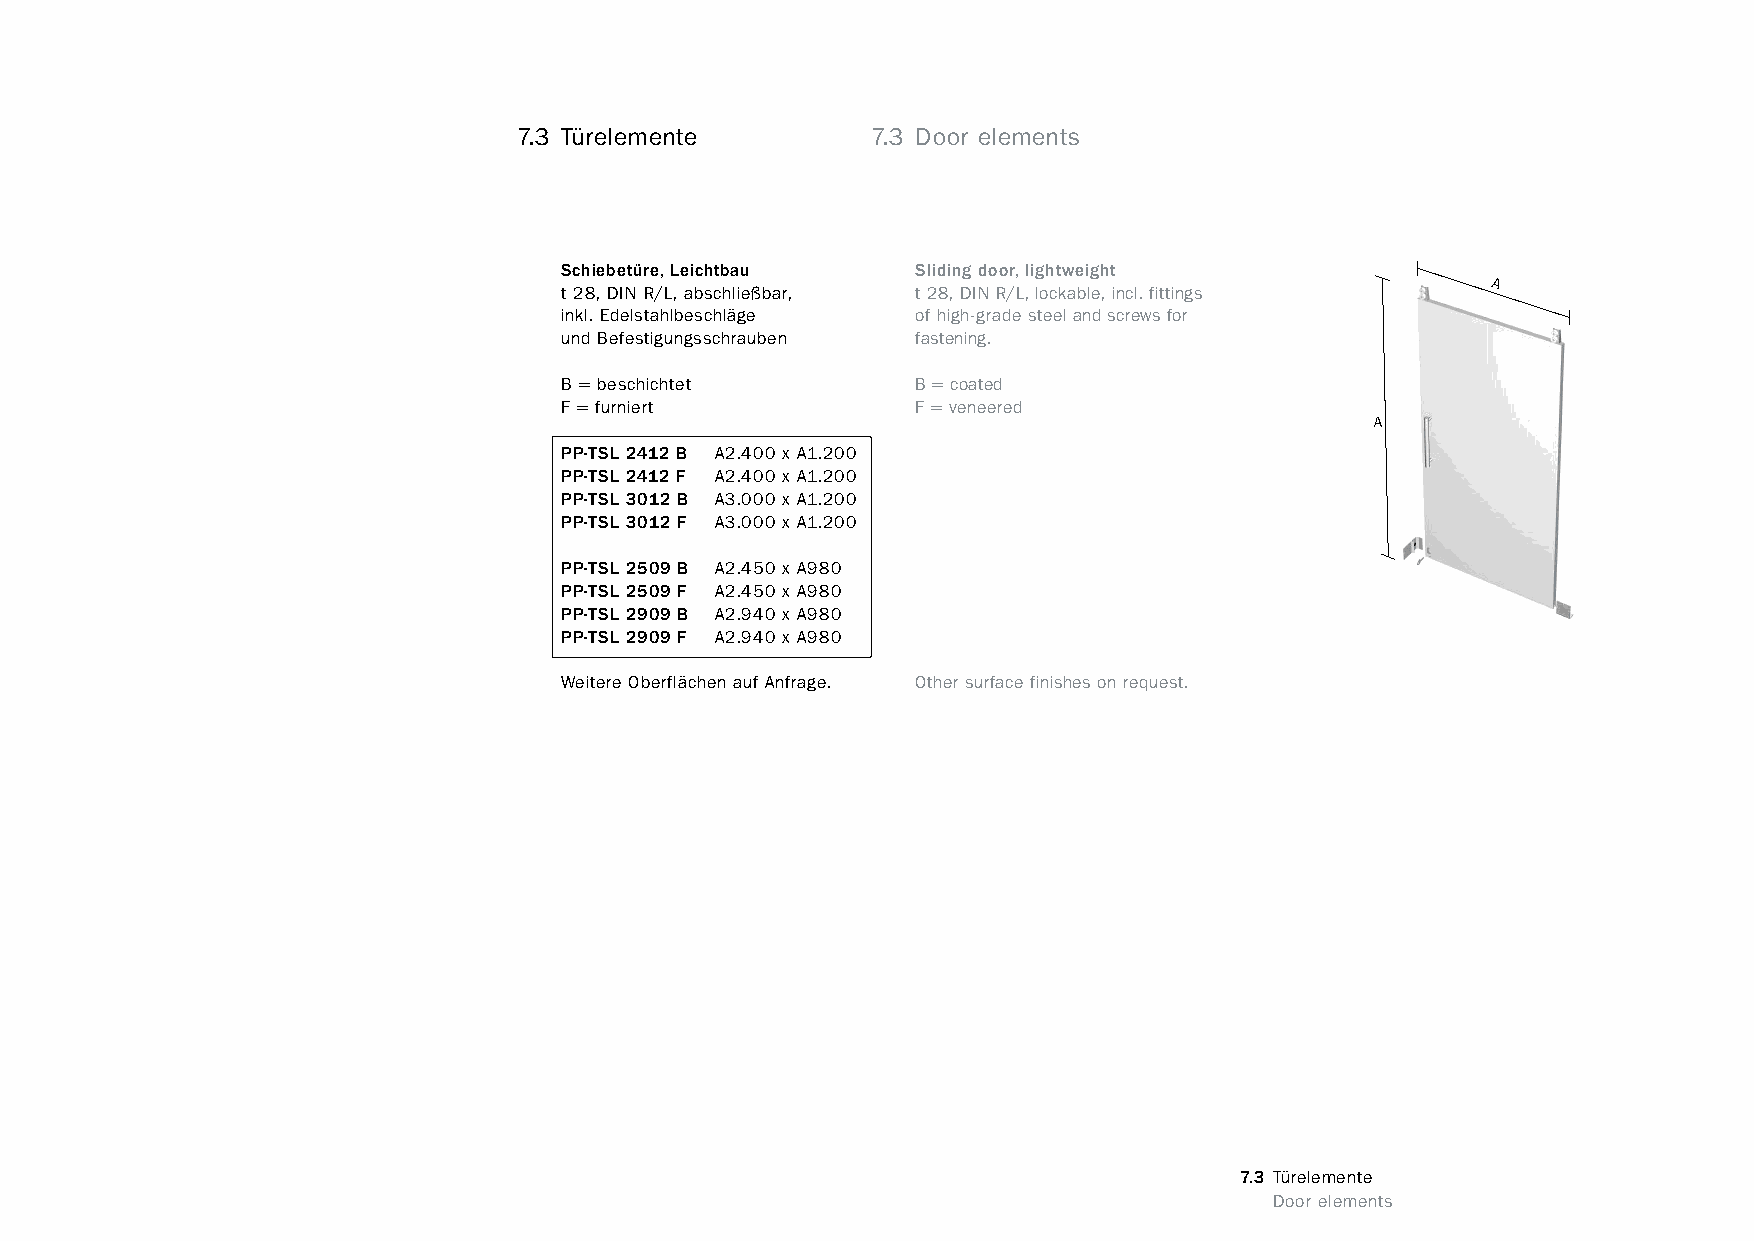
constructivpila petite        7.3 Türelemente         7.3 Door elements
 Schiebetüre, Leichtbau  Sliding door, lightweight
 t 28, DIN R/L, abschließbar, t 28, DIN R/L, lockable, incl. fittings A
 inkl. Edelstahlbeschläge of high-grade steel and screws for
 und Befestigungsschrauben fastening.
 B = beschichtet         B = coated
 F = furniert            F = veneered
 A
 PP-TSL 2412 B A2.400 x A1.200
 PP-TSL 2412 F A2.400 x A1.200
 PP-TSL 3012 B A3.000 x A1.200
 PP-TSL 3012 F A3.000 x A1.200
 PP-TSL 2509 B A2.450 x A980
 PP-TSL 2509 F A2.450 x A980
 PP-TSL 2909 B A2.940 x A980
 PP-TSL 2909 F A2.940 x A980
 Weitere Oberflächen auf Anfrage. Other surface finishes on request.
 7.3 Türelemente
 www.burkhardtleitner.de                                                         Door elements